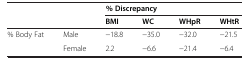
| <ROWSPAN=2>  | <ROWSPAN=3>  | <COLSPAN=4> % Discrepancy |
 | BMI | WC | WHpR | WHtR |
 | --- | --- | --- | --- | --- | --- |
 | % Body Fat | Male | −18.8 | −35.0 | −32.0 | −21.5 |
 |  | Female | 2.2 | −6.6 | −21.4 | −6.4 |